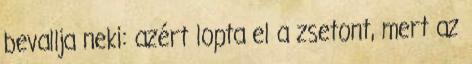
bevallja neki: azért lopta el a zsetont, mert az